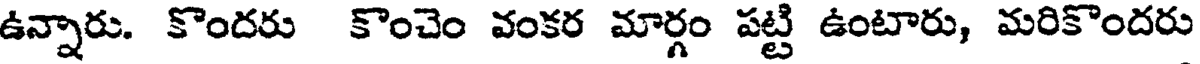
ఉన్నారు. కొందరు కొంచెం వంకర మార్గం పట్టి ఉంటారు, మరికొందరు